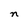
Character: n